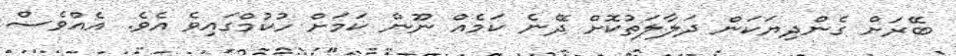
ބޭރަށް ގެންދިޔަކަން ދަލާލަތުކޮށް ދޭނެ ކަމެއް ނޫން ކަމަށް ހުކުމްގައިވެ އެވެ. އެއްވެސް